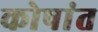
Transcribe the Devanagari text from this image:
कोषांत